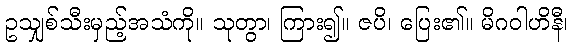
ဥသျှစ်သီးမှည့်အသံကို။ သုတွာ၊ ကြား၍။ ဇပိ၊ ပြေး၏။ မိဂဝါဟိနီ၊